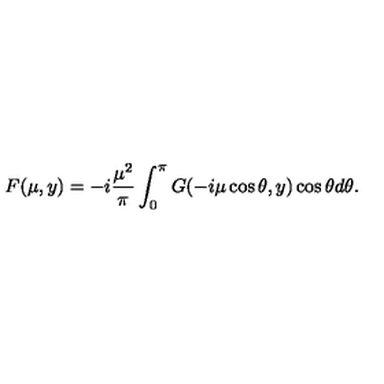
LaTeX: F ( \mu , y ) = - i \frac { { \mu } ^ { 2 } } { \pi } \int _ { 0 } ^ { \pi } G ( - i \mu \cos \theta , y ) \cos \theta d \theta .